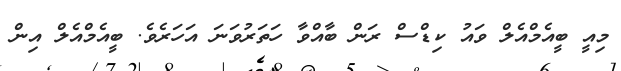
މިއީ ބީއެމްއެލް ވައު ކިޑްސް ރަން ބާއްވާ ހަތަރުވަނަ އަހަރެވެ. ބީއެމްއެލް އިން